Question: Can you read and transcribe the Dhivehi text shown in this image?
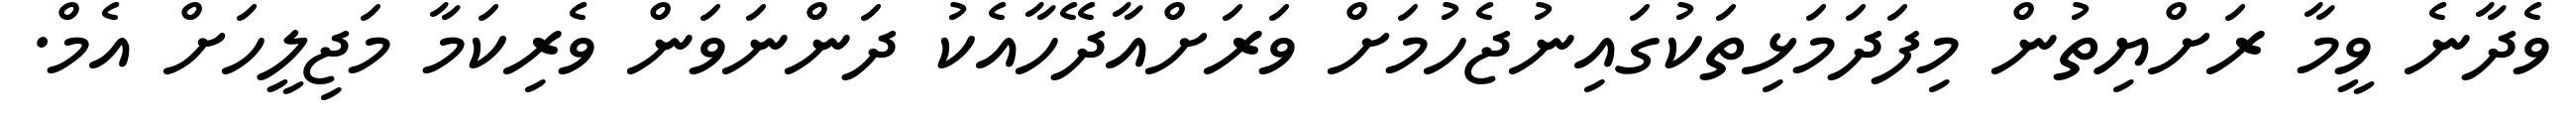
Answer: ވެދާނެ ވީމާ ރަށްޔިތުން މިފަދަމަޅިތަކުގައިނުޖެހުމަށް ވަރަށްއާދޭހާއެކު ދަންނަވަން ވެރިކަމާ މަޖިލީހަށް އެމް.